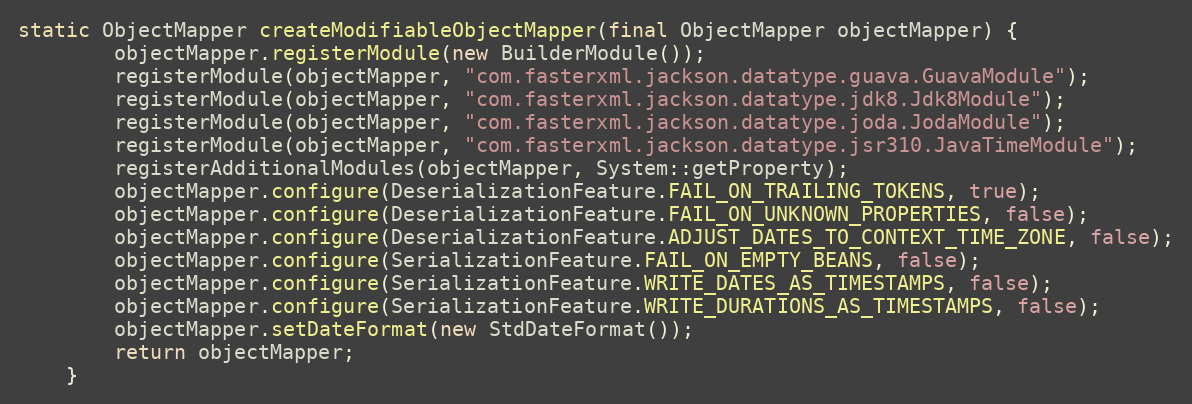
Language: Java
static ObjectMapper createModifiableObjectMapper(final ObjectMapper objectMapper) {
        objectMapper.registerModule(new BuilderModule());
        registerModule(objectMapper, "com.fasterxml.jackson.datatype.guava.GuavaModule");
        registerModule(objectMapper, "com.fasterxml.jackson.datatype.jdk8.Jdk8Module");
        registerModule(objectMapper, "com.fasterxml.jackson.datatype.joda.JodaModule");
        registerModule(objectMapper, "com.fasterxml.jackson.datatype.jsr310.JavaTimeModule");
        registerAdditionalModules(objectMapper, System::getProperty);
        objectMapper.configure(DeserializationFeature.FAIL_ON_TRAILING_TOKENS, true);
        objectMapper.configure(DeserializationFeature.FAIL_ON_UNKNOWN_PROPERTIES, false);
        objectMapper.configure(DeserializationFeature.ADJUST_DATES_TO_CONTEXT_TIME_ZONE, false);
        objectMapper.configure(SerializationFeature.FAIL_ON_EMPTY_BEANS, false);
        objectMapper.configure(SerializationFeature.WRITE_DATES_AS_TIMESTAMPS, false);
        objectMapper.configure(SerializationFeature.WRITE_DURATIONS_AS_TIMESTAMPS, false);
        objectMapper.setDateFormat(new StdDateFormat());
        return objectMapper;
    }